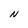
Character: N